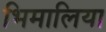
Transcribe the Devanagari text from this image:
भिमालिया